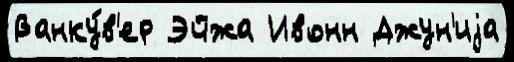
Ванку́в'ер Эйжа Ивонн Джун'иjа